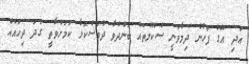
އަދި އޭގެ ފަހުން ދިމާވަނީ ސްކޫލުތައް ބަންދުވާ ދުވަސްކޮޅާ ކަމަށްވާތީ ގަދަ ދިހައެއް